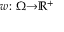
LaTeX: \scriptstyle w \colon \Omega \to \mathbb { R } ^ { + }